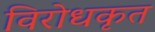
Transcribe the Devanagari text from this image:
विरोधकृत